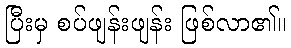
ပြီးမှ စပ်ဖျန်းဖျန်း ဖြစ်လာ၏။